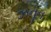
ઝનૂન